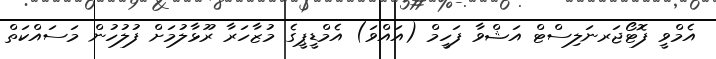
އެމްވީ ފޮޓޯޖަރނަލިސްޓް އަޝްވާ ފަހީމް (އައްވަ) އެމްޑީޕީގެ މުޒާހަރާ ރޫޅާލުމަށް ފުލުހުން މަސައްކަތް